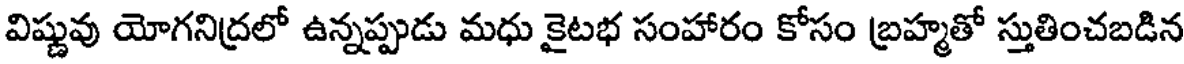
విష్ణువు యోగనిద్రలో ఉన్నప్పుడు మధు కైటభ సంహారం కోసం బ్రహ్మతో స్తుతించబడిన